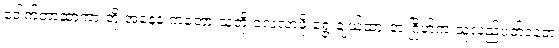
ဒေါက်တာဆာကာ တို့ အနေနဲ့ ကတော့ သူတို့ လေ့လာဖို့ ရွေးချယ်ထားတဲ့ ဂြိုဟ်က သူလည်ပတ်နေတဲ့